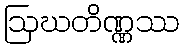
ဩဃတိဏ္ဏဿ